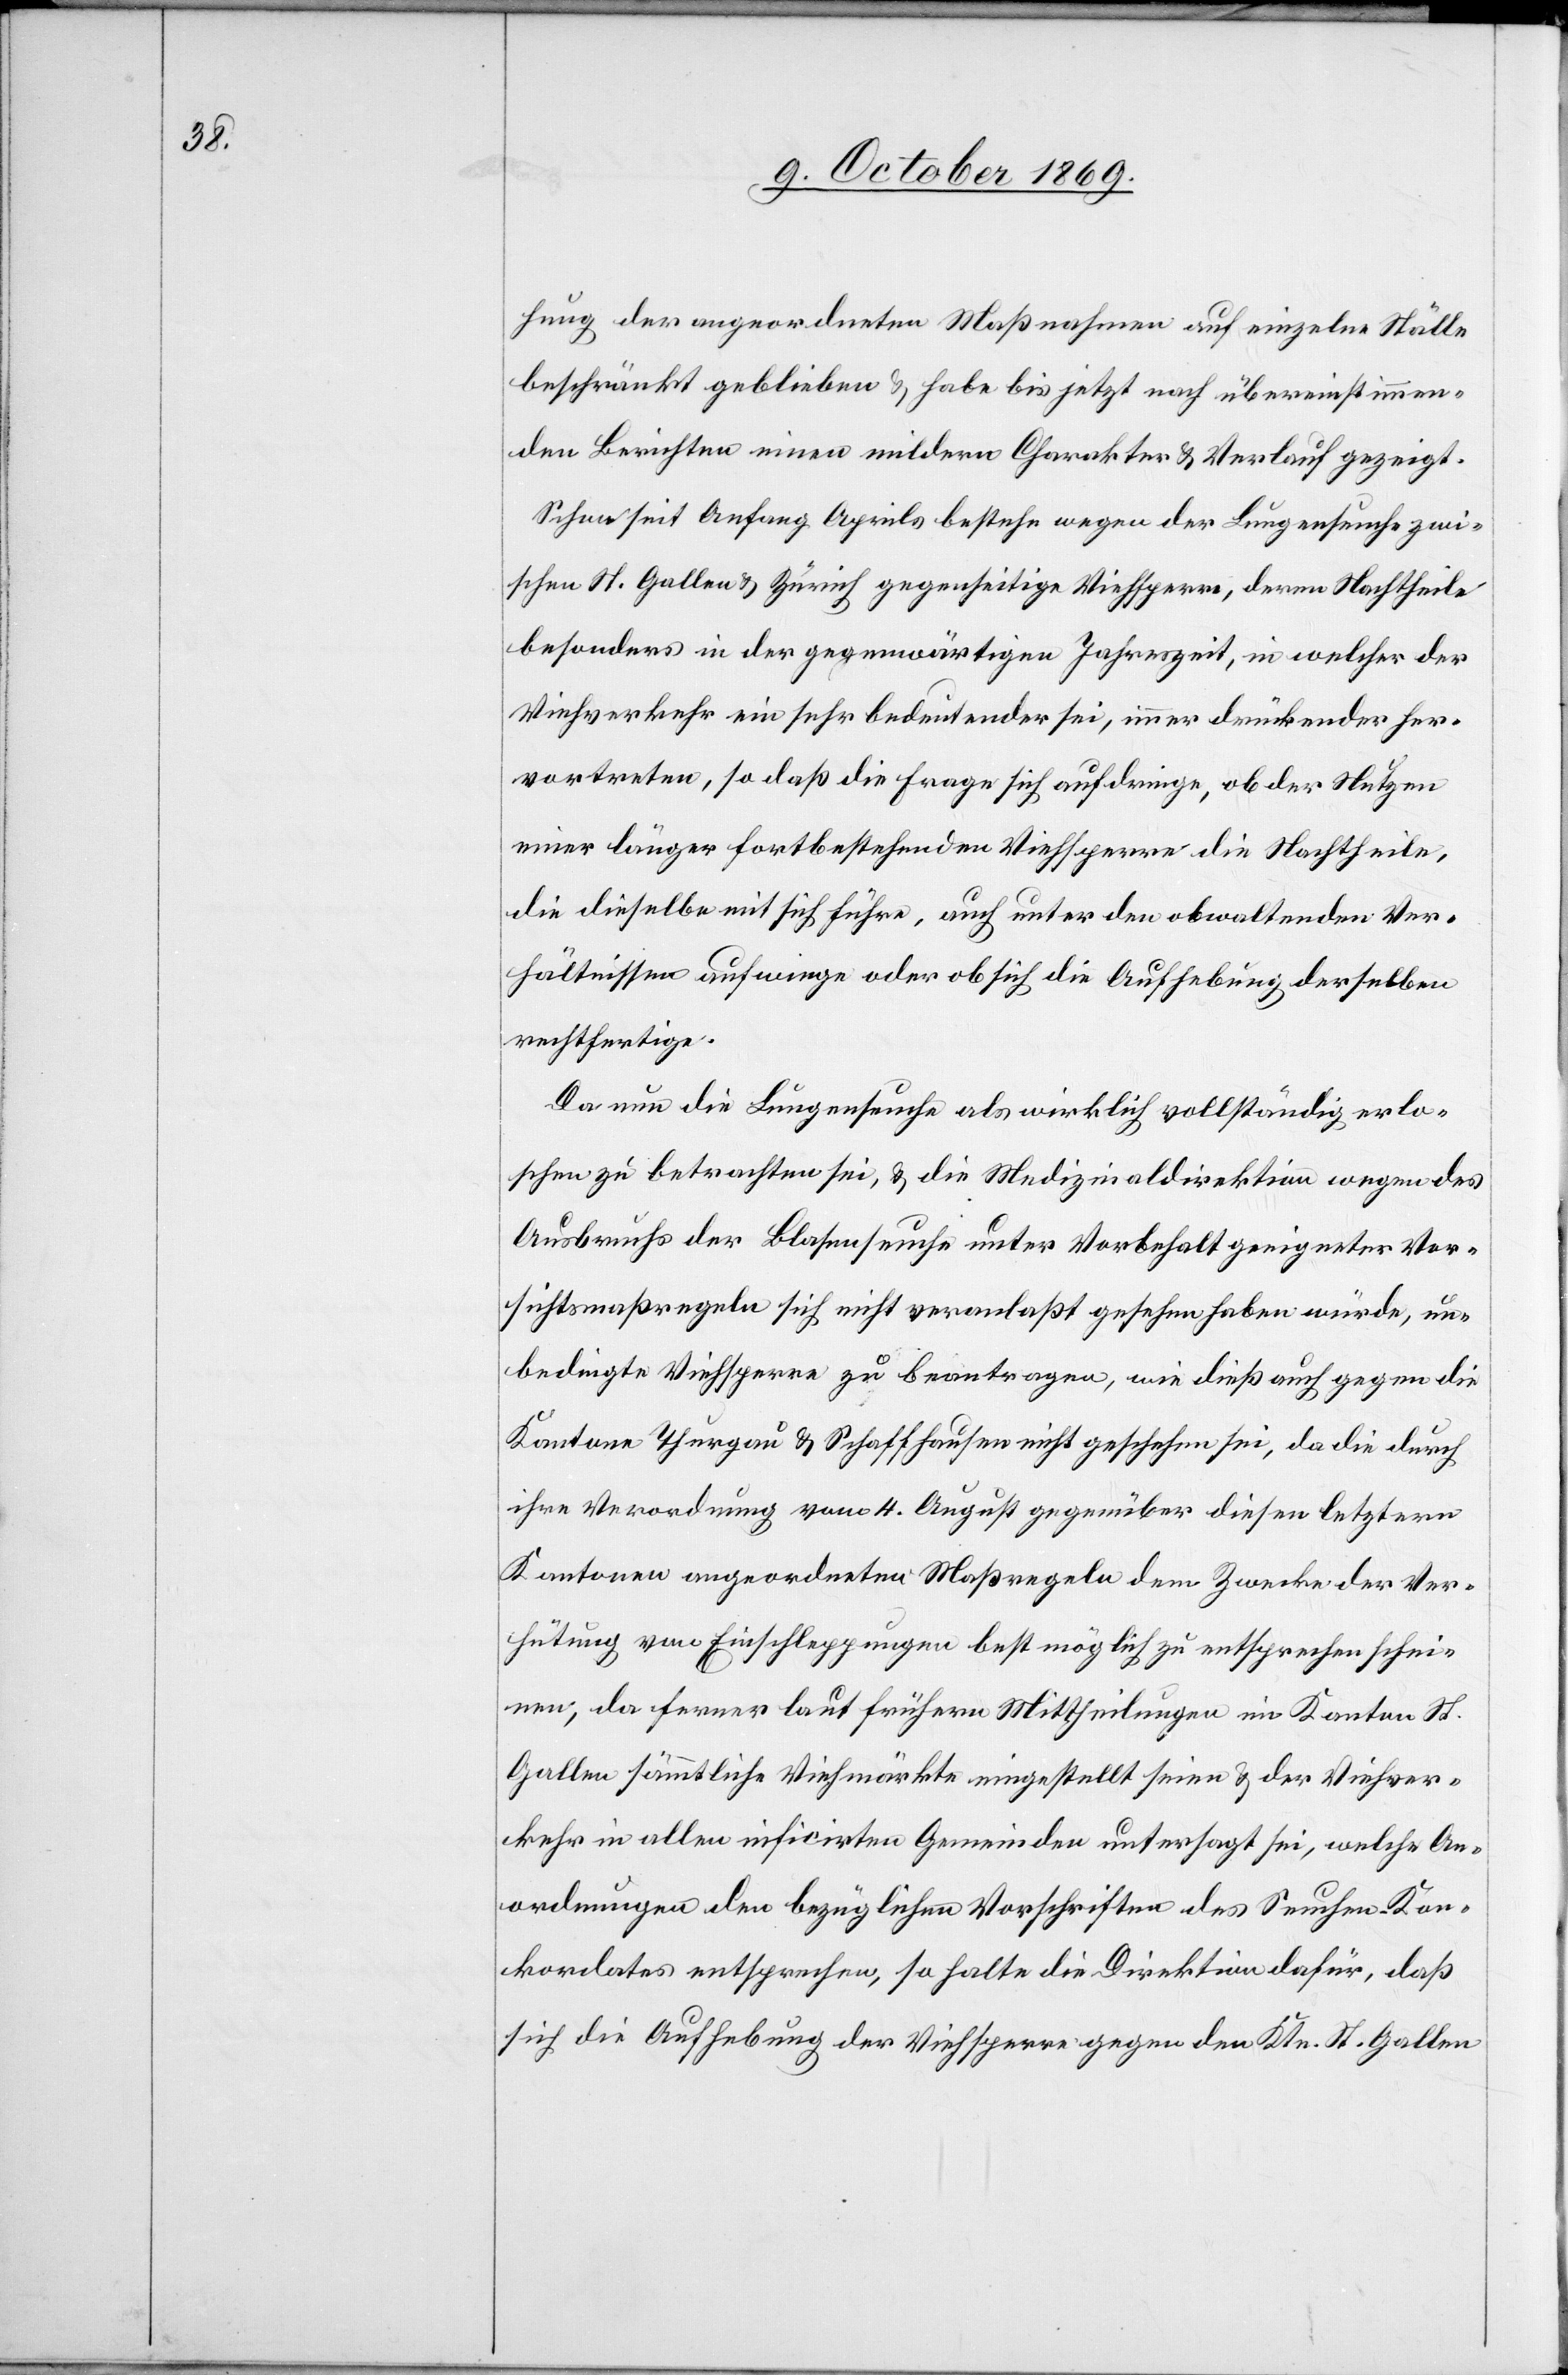
hung der angeordneten Maßnahmen auf einzelne Ställe
beschränkt geblieben & habe bis jetzt nach übereinstimmen¬
den Berichten einen mildern Charakter & Verlauf gezeigt.
Schon seit Anfang Aprils bestehe wegen der Lungenseuche zwi¬
schen St. Gallen & Zürich gegenseitige Viehsperre, deren Nachtheile
besonders in der gegenwärtigen Jahreszeit, in welcher der
Viehverkehr ein sehr bedeutender sei, immer drückender her¬
vortreten, so daß die Frage sich aufdringe, ob der Nutzen
einer länger fortbestehenden Viehsperre die Nachtheile,
die dieselbe mit sich führe, auch unter den obwaltenden Ver¬
hältnissen aufwiege oder ob sich die Aufhebung derselben
rechtfertige.
Da nun die Lungenseuche als wirklich vollständig erlo¬
schen zu betrachten sei, & die Medizinaldirektion wegen des
Ausbruchs der Blasenseuche unter Vorbehalt geeigneter Vor¬
sichtsmaßregeln sich nicht veranlaßt gesehen haben würde, un¬
bedingte Viehsperre zu beantragen, wie dieß auch gegen die
Kantone Thurgau & Schaffhausen nicht geschehen sei, da die durch
ihre Verordnung vom 4. August gegenüber diesen letztern
Kantonen angeordneten Maßregeln dem Zwecke der Ver¬
hütung von Einschleppungen bestmöglich zu entsprechen schei¬
nen, da ferner laut frühern Mittheilungen im Kanton St.
Gallen sämmtliche Viehmärkte eingestellt seien & der Viehver¬
kehr in allen inficirten Gemeinden untersagt sei, welche An¬
ordnungen den bezüglichen Vorschriften des Seuchen-Kon¬
kordates entsprechen, so halte die Direktion dafür, daß
sich die Aufhebung der Viehsperre gegen den Ktn. St. Gallen